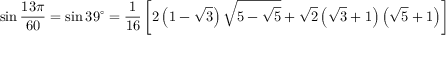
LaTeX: \sin { \frac { 1 3 \pi } { 6 0 } } = \sin 3 9 ^ { \circ } = { \frac { 1 } { 1 6 } } \left[ 2 \left( 1 - { \sqrt { 3 } } \right) { \sqrt { 5 - { \sqrt { 5 } } } } + { \sqrt { 2 } } \left( { \sqrt { 3 } } + 1 \right) \left( { \sqrt { 5 } } + 1 \right) \right]